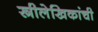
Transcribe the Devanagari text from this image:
स्त्रीलेखिकांची